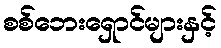
စစ်ဘေးရှောင်များနှင့်